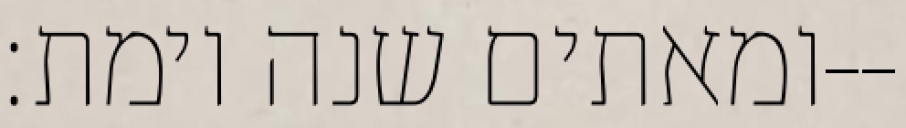
ומאתים שנה וימת׃--